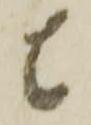
者